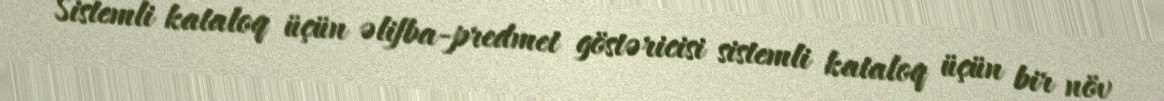
Sistemli kataloq üçün əlifba-predmet göstəricisi sistemli kataloq üçün bir növ